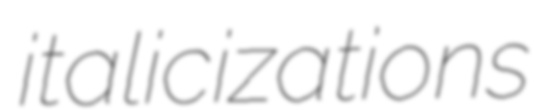
italicizations